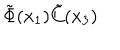
LaTeX: \tilde { \Phi } ( x _ { 1 } ) \tilde { C } ( x _ { 3 } )